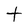
Character: t